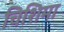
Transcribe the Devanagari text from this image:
चिशिमा